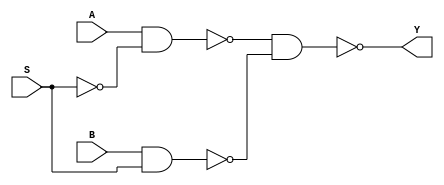
`ifndef MUX2X1_V
`define MUX2X1_V

module MUX2X1(
    input A,
    input B,
    input S,
    output Y
);//SBA
    not i0(S_n,S);
    nand i1(AS,A,S_n);
    nand i2(BS,B,S);
    nand i3(Y,AS,BS);
endmodule

`endif